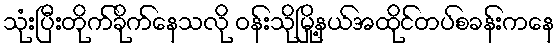
သုံးပြီးတိုက်ခိုက်နေသလို ဝန်းသိုမြို့နယ်အထိုင်တပ်စခန်းကနေ